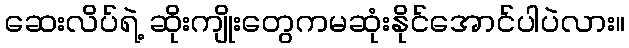
ဆေးလိပ်ရဲ့ ဆိုးကျိုးတွေကမဆုံးနိုင်အောင်ပါပဲလား။